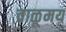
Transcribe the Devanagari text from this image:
वाळूमय